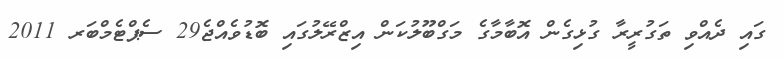
ގައި ދެއްވި ތަގުރީރާ ގުޅިގެން އޮބާމާގެ މަގްބޫލުކަން އިޒްރޭލުގައި ބޮޑުވެއްޖެ29 ސެޕްޓެމްބަރ 2011